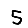
Digit: 5